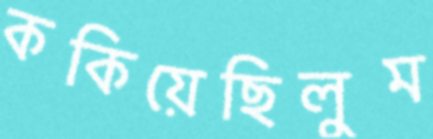
ককিয়েছিলুম